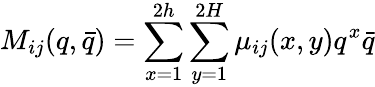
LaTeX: M_{ij}(q,\bar{q})=\sum_{x=1}^{2h}\sum_{y=1}^{2H}\mu_{ij}(x,y)q^{x}\bar{q}